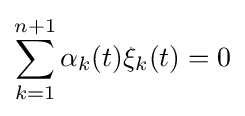
\sum \limits _{k=1}^{n+1}\alpha _{k}(t)\xi _{k}(t)=0